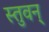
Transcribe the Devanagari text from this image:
स्तुवन्